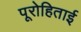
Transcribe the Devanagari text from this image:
पूरोहिताई